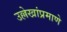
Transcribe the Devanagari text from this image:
उल्लेखांप्रमाणे